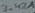
Text: 3.42A